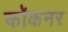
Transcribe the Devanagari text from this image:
कॉकनर